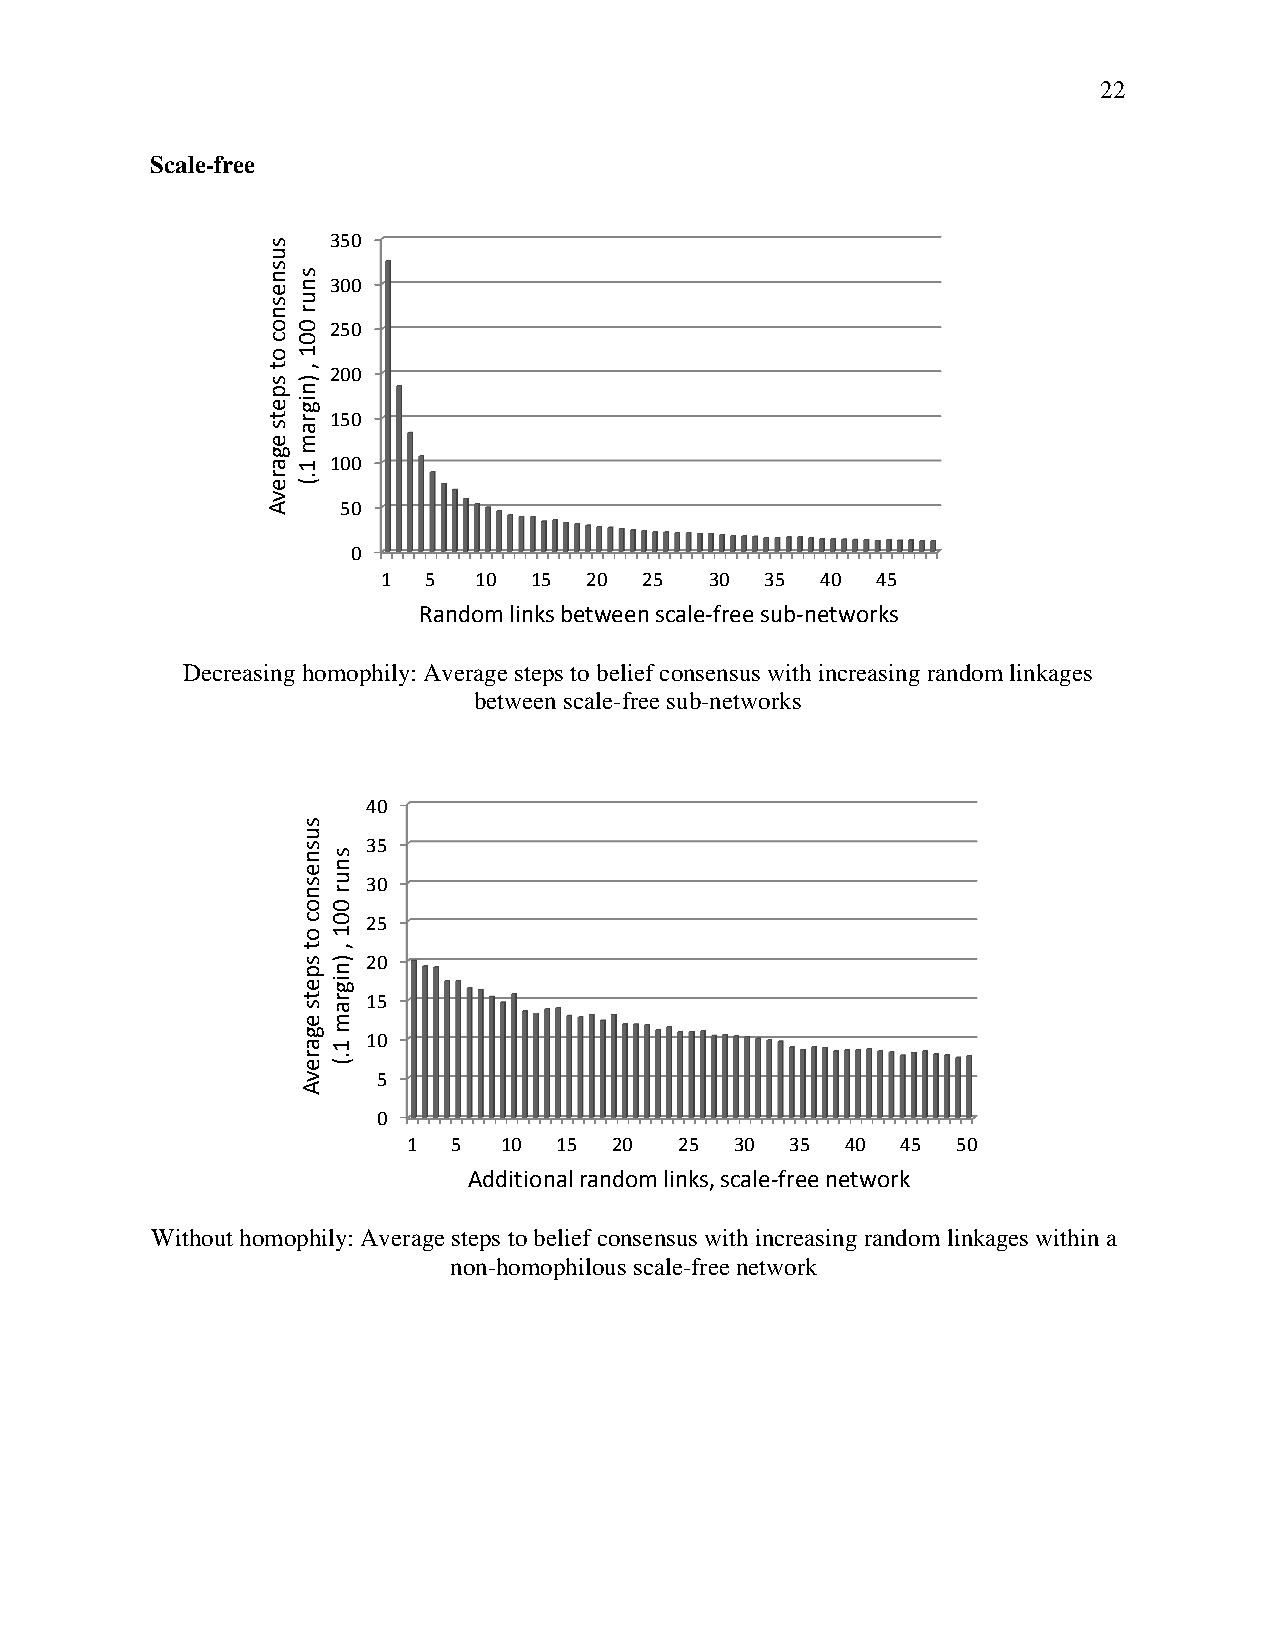
22
 Scale-free
 350
 300
 250
 200
 150
 100
 50
 0
 1  5   10 15  20  25  30  35 40  45
 Random links between scale-free sub-networks
 Decreasing homophily: Average steps to belief consensus with increasing random linkages
 between scale-free sub-networks
 40
 35
 30
 25
 20
 15
 10
 5
 0
 1  5  10  15  20  25  30 35  40  45 50
 Additional random links, scale-free network
 Without homophily: Average steps to belief consensus with increasing random linkages within a
 non-homophilous scale-free network
 susnesnoc
 ot
 spets
 egarevA
 snur
 001
 ,
 )nigram
 1.(
 susnesnoc
 ot
 spets
 egarevA
 snur
 001
 ,
 )nigram
 1.(